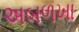
અબળખા